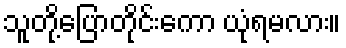
သူတို့ပြောတိုင်းကော ယုံရမလား။